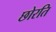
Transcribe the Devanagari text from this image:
छोरति